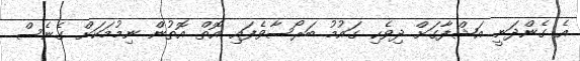
އެ ގެންދަނީ އަޝްފާގަށް ދިވެހި ގައުމު ބަރޯސާވެފައި އޮތް އޮތުން ނިމުމަކަށް ގެނެސް